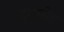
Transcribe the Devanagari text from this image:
दुग्धस्नेह